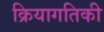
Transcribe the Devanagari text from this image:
क्रियागतिकी